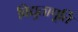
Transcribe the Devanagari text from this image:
विद्युतापूर्ति